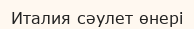
Италия сәулет өнері